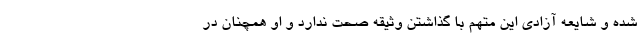
شده و شایعه آزادی این متهم با گذاشتن وثیقه صحت ندارد و او همچنان در